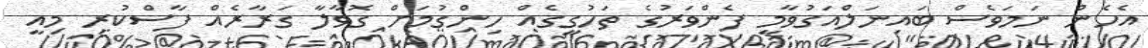
އެހެން ނަމަވެސް ބައިނަލްއަގުވާމީ ފެންވަރުގެ ތަހުގީގެއް ހިންގުމަށް ގޮވާލާ ގަރާރެއް ފާސްކުރި މިއީ